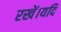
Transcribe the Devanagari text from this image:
रखें।यदि